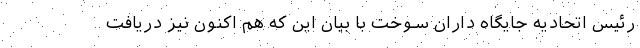
رئیس اتحادیه جایگاه داران سوخت با بیان این که هم اکنون نیز دریافت